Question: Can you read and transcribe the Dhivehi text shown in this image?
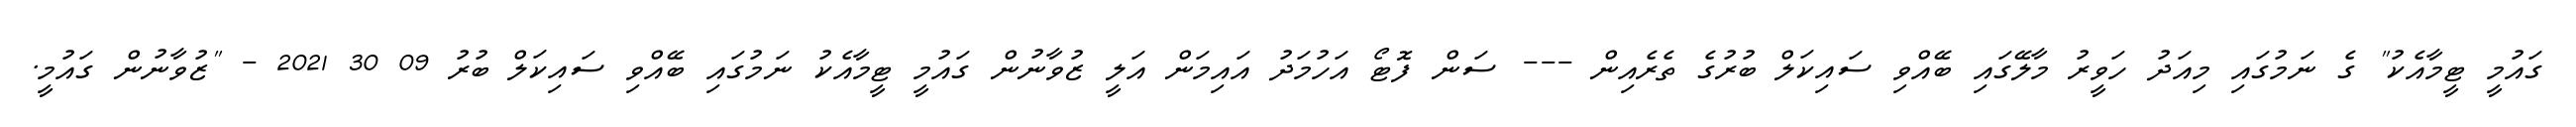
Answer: ގައުމީ ޓީމާއެކު" ގެ ނަމުގައި މިއަދު ހަވީރު މާލޭގައި ބޭއްވި ސައިކަލް ބުރުގެ ތެރެއިން --- ސަން ފޮޓޯ އަހުމަދު އައިމަން އަލީ ޒުވާނުން ގައުމީ ޓީމާއެކު ނަމުގައި ބޭއްވި ސައިކަލް ބުރު 09 30 2021 - "ޒުވާނުން ގައުމީ.